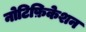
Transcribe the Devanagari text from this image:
नोटिफ़िकेशन